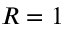
R = 1